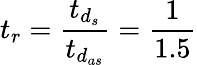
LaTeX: t_{r}=\frac{t_{{d}_{s}}}{t_{{d}_{as}}}=\frac{1}{1.5}